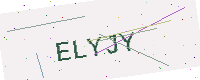
Text: ELYJY